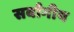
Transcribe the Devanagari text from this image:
सर्वांगीय